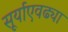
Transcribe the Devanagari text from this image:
सूर्याएवढ्या